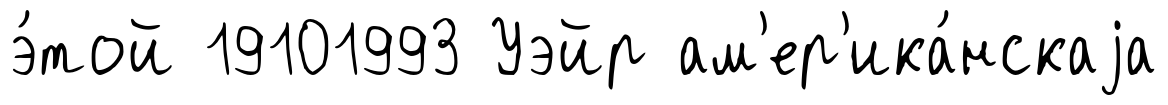
э́той 19101993 Уэйр ам'ер'ика́нскаjа